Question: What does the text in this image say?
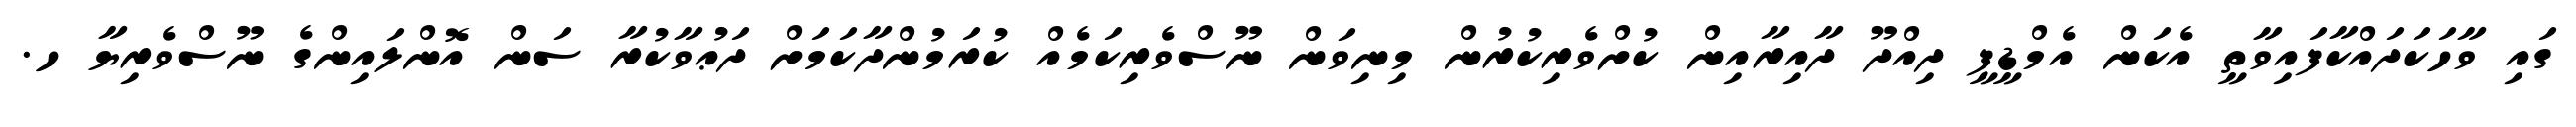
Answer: ގައި ވާހަކަދައްކާފައިވާތީ އެކަން އެމްޑީޕީ ދިއްދޫ ދާއިރާއިން ކުށްވެރިކުރުން މިނިވަން ނޫސްވެރިކަމެއް ކުރަމުންދާކަމަށް ދަޢުވާކުރާ ސަން އޮންލައިންގެ ނޫސްވެރިޔާ ހ.